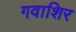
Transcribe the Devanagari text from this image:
गवाशिर